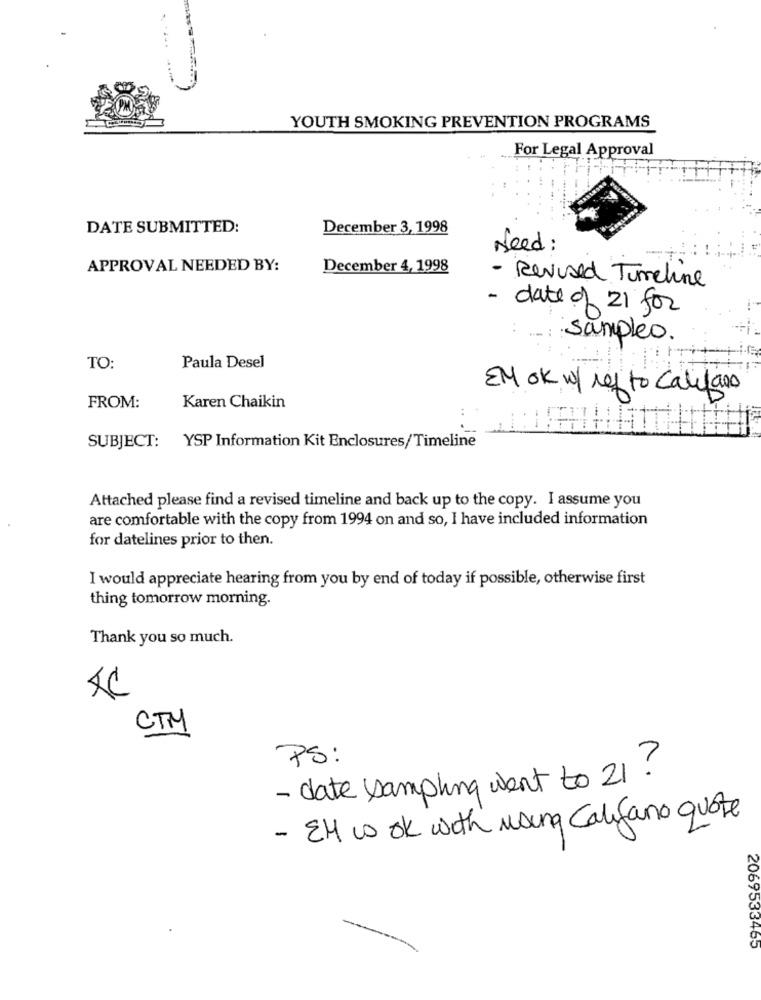
YOUTH SMOKING PREVENTION PROGRAMS
For Legal Approval
DATE SUBMITTED:
December 3, 1998
Need :
APPROVAL NEEDED BY:
December 4, 1998
- Revised Timeline
- date of 21 for
sampleo.
TO:
Paula Desel
EM ok w / ref to califano
FROM:
Karen Chaikin
SUBJECT: YSP Information Kit Enclosures/Timeline
Attached please find a revised timeline and back up to the copy. I assume you
are comfortable with the copy from 1994 on and so, I have included information
for datelines prior to then.
I would appreciate hearing from you by end of today if possible, otherwise first
thing tomorrow morning.
Thank you so much.
CTM
PS:
- date sampling went to 21?
- EM co ok with maung Califano quote
2069533465